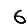
Digit: 6